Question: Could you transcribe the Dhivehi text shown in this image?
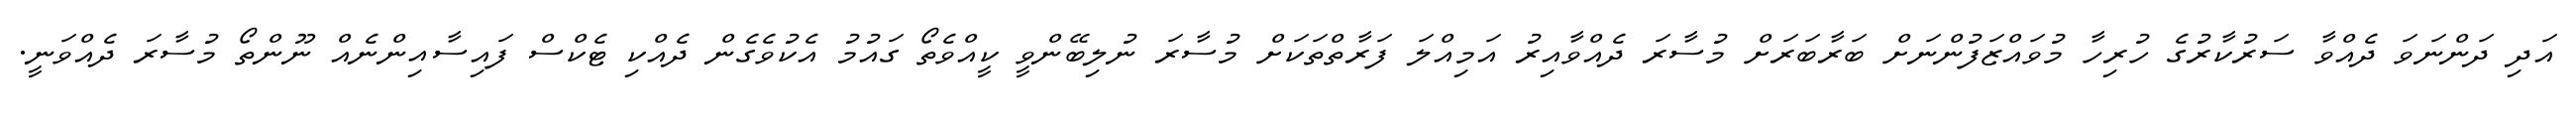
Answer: އަދި ދަންނަވަ ދެއްވާ ސަރުކާރުގެ ހުރިހާ މުވައްޒަފުންނަށް ބަރާބަރަށް މުސާރަ ދެއްވާއިރު އަމިއްލަ ފަރާތްތަކަށް މުސާރަ ނުލިބޭންވީ ކީއްވެތޯ ގައުމު އެކުވެގެން ދެއްކި ޓެކްސް ފައިސާއިންނެއް ނޫންތޯ މުސާރަ ދެއްވަނީ.